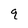
Character: q